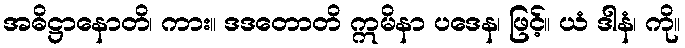
အဓိဋ္ဌာနောတိ၊ ကား။ ဒဒတောတိ ဣမိနာ ပဒေန၊ ဖြင့်။ ယံ ဒါနံ၊ ကို။